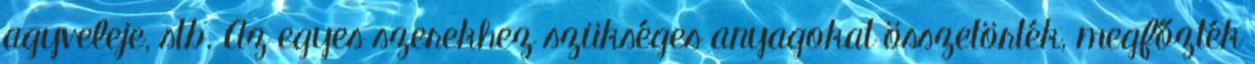
agyveleje, stb. Az egyes szerekhez szükséges anyagokat összetörték, megfőzték